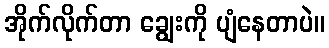
အိုက်လိုက်တာ ချွေးကို ပျံနေတာပဲ။